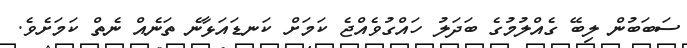
ސަބަބުން ލިބޭ ގެއްލުމުގެ ބަދަލު ހައްގުވެއްޖެ ކަމަށް ކަނޑައަޅާނެ ތަނެއް ނެތް ކަމަށެވެ.